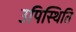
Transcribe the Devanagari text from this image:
उपिस्थिति